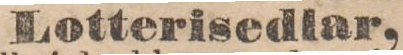
Lotterisedlar,